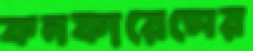
কনফারেন্সের